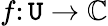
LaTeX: f\colon\mathtt{U}\to\mathbb{{C}}